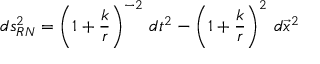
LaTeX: d s _ { R N } ^ { 2 } = \left( 1 + \frac { k } { r } \right) ^ { - 2 } \, d t ^ { 2 } - \left( 1 + \frac { k } { r } \right) ^ { 2 } \, d { \vec { x } } ^ { 2 }